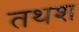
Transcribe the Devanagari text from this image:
तथश